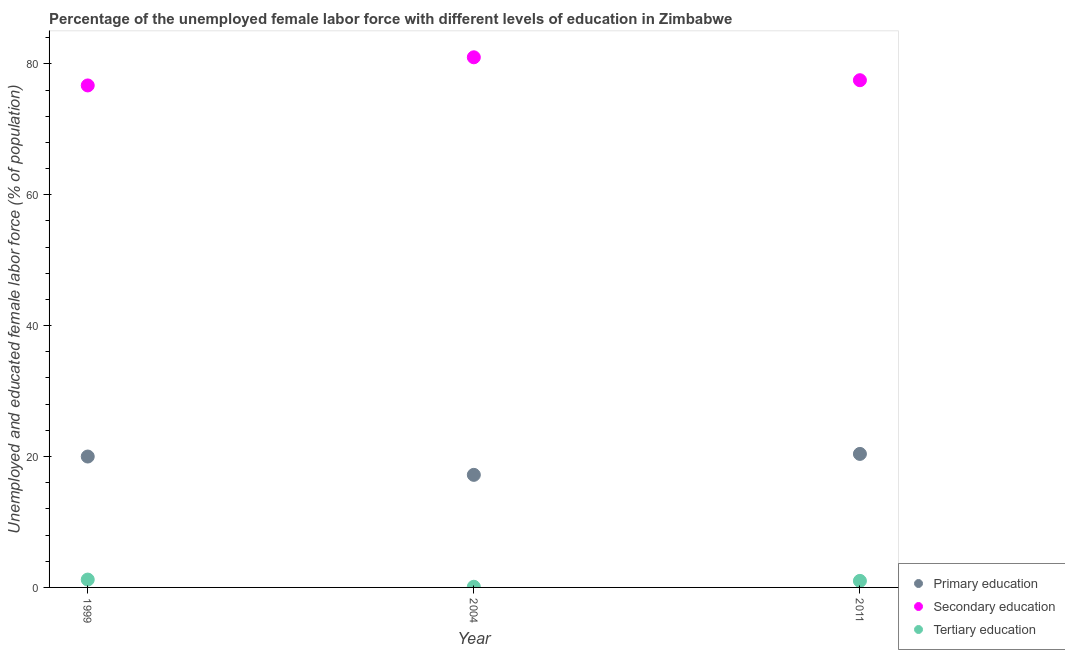
| Year | Primary education | Secondary education | Tertiary education |
 | --- | --- | --- | --- |
 | 1999 | 20 | 76.7 | 1.2 |
 | 2004 | 17.2 | 81 | 0.1 |
 | 2011 | 20.4 | 77.5 | 1 |